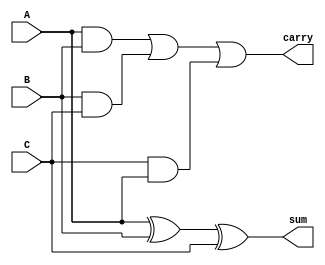
module fulladder2(A, B, C, sum, carry);
	input A, B;
	input C;
	output sum, carry;
	assign sum = (A^B)^C;
	assign carry = (A&B)|(B&C)|(C&A);
endmodule